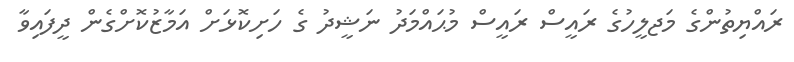
ރައްޔިތުންގެ މަޖލީހުގެ ރައީސް ރައީސް މުޙައްމަދު ނަޝީދު ގެ ހަށިކޮޅަށް އަމާޒުކޮށްގެން ދީފައިވާ